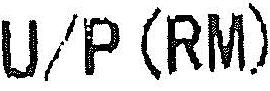
U/P (RM)